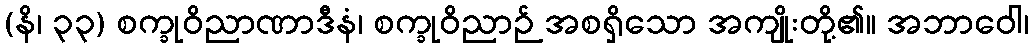
(နိ၊ ၃၃) စက္ခုဝိညာဏာဒီနံ၊ စက္ခုဝိညာဉ် အစရှိသော အကျိုးတို့၏။ အဘာဝေါ၊